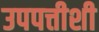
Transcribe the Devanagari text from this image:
उपपत्तीशी